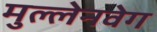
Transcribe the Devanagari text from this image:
मुल्लेनवेग